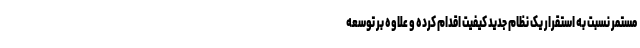
مستمر نسبت به استقرار یک نظام جدید کیفیت اقدام کرده و علاوه بر توسعه